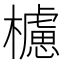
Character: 櫖